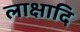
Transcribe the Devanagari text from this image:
लाक्षादि